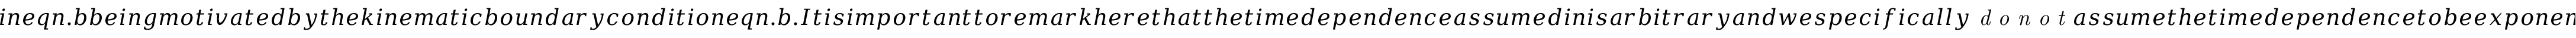
i n e q n . b b e i n g m o t i v a t e d b y t h e k i n e m a t i c b o u n d a r y c o n d i t i o n e q n . b . I t i s i m p o r t a n t t o r e m a r k h e r e t h a t t h e t i m e d e p e n d e n c e a s s u m e d i n i s a r b i t r a r y a n d w e s p e c i f i c a l l y \textit { d o n o t } a s s u m e t h e t i m e d e p e n d e n c e t o b e e x p o n e n t i a l a p r i o r i , i n d i s t i n c t i o n t o n o r m a l m o d e a n a l y s i s . A s a c o n s e q u e n c e , w e w i l l \textit { d e r i v e a n e q u a t i o n } g o v e r n i n g